Medical and sanitary report on the native army of Bombay for the year
Year: 1879
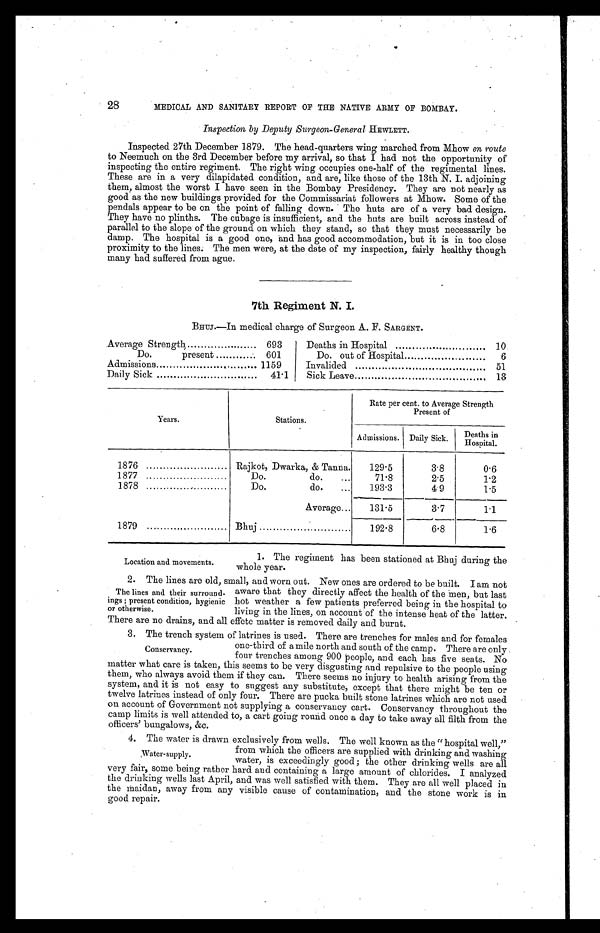
28
MEDICAL AND SANITARY REPORT OF THE NATIVE ARMY OF BOMBAY.
Inspection by Deputy Surgeon-General HEWLETT.
Inspected 27th December 1879. The head-quarters wing marched from Mhow en route
to Neemuch on the 3rd December before my arrival, so that I had not the opportunity of
inspecting the entire regiment. The right wing occupies one-half of the regimental lines.
These are in a very dilapidated condition, and are, like those of the 13th N. I. adjoining
them, almost the worst I have seen in the Bombay Presidency. They are not nearly as
good as the new buildings provided for the Commissariat followers at Mhow. Some of the
pendals appear to be on the point of falling down. The huts are of a very bad design.
They have no plinths. The cubage is insufficient, and the huts are built across instead of
parallel to the slope of the ground on which they stand, so that they must necessarily be
damp. The hospital is a good one, and has good accommodation, but it is in too close
proximity to the lines. The men were, at the date of my inspection, fairly healthy though
many had suffered from ague.
7th Regiment N. I.
BHUJ.—In medical charge of Surgeon A. F. SARGENT.
Average Strength . . .
693
Deaths in Hospital . . .
10
Do. present . . .
601
Do. out of Hospital . . .
6
Admissions . . .
1159
Invalided . . .
51
Daily Sick . . .
41.1
Sick Leave . . .
13
Years.
Stations.
Rate per cent to Average Strength
Present of
Admissions. Daily Sick.
Deaths in
Hospital.
1876 . . .
Rajkot, Dwarka, & Tanna.
129.5
3.8
0.6
1877 . . .
Do. do. . . .
71.8
2.5
1.2
1878 . . .
Do. do. . . .
193.3
4.9
1.5
Average . . .
131.5
3.7
1.1
1879 . . .
Bhuj . . .
192.8
6.8
1.6
Location and movements.
1. The regiment has been stationed at Bhuj during the
whole year.
2. The lines are old, small, and worn out. New ones are ordered to be built. I am not
aware that they directly affect the health of the men, but last
hot weather a few patients preferred being in the hospital to
living in the lines, on account of the intense heat of the latter.
There are no drains, and all effete matter is removed daily and burnt.
3. The trench system of latrines is used. There are trenches for males and for females
one-third of a mile north and south of the camp. There are only
four trenches among 900 people, and each has five seats. No
matter what care is taken, this seems to be very disgusting and repulsive to the people using
them, who always avoid them if they can. There seems no injury to health arising from the
system, and it is not easy to suggest any substitute, except that there might be ten or
twelve latrines instead of only four. There are pucka built stone latrines which are not used
on account of Government not supplying a conservancy cart. Conservancy throughout the
camp limits is well attended to, a cart going round once a day to take away all filth from the
officers' bungalows. &c.
4. The water is drawn exclusively from wells. The well known as the "hospital well,
" from which the officers are supplied with drinking and washing
water, is exceedingly good; the other drinking wells are all
very fair, some being rather hard and containing a large amount of chlorides. I analyzed
the drinking wells last April, and was well satisfied with them. They are all well placed in
the maidan, away from any visible cause of contamination, and the stone work is in
good repair.
The lines and their surround
- i n g s ; p r e s e n t c o n d i t i o n , h y g i e n i c
or otherwise.
Conservancy.
Water-supply.